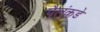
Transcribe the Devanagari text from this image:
पैलुंकडे